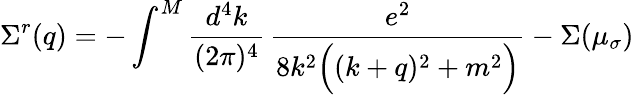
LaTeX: \Sigma^{r}(q)=-\int^{M}\frac{d^{4}k}{(2\pi)^{4}}\, \frac{e^{2}}{8k^{2}\Big((k+q)^{2}+m^{2}\Big)}-\Sigma(\mu_{\sigma})